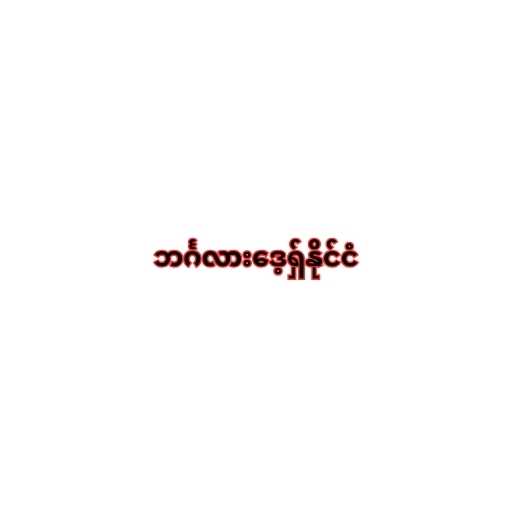
ဘင်္ဂလားဒေ့ရှ်နိုင်ငံ